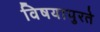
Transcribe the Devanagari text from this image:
विषयापुरते